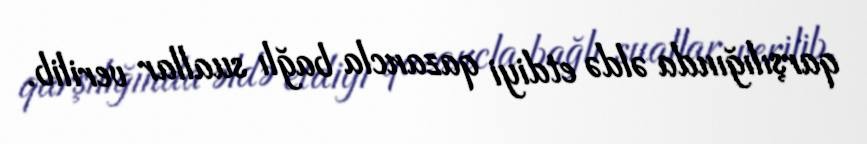
qarşılığında əldə etdiyi qazancla bağlı suallar verilib.